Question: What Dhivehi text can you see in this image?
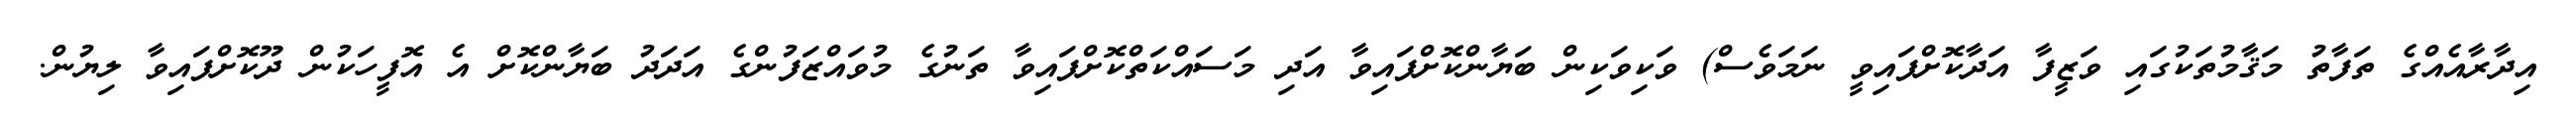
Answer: އިދާރާއެއްގެ ތަފާތު މަޤާމުތަކުގައި ވަޒީފާ އަދާކޮށްފައިވީ ނަމަވެސް) ވަކިވަކިން ބަޔާންކޮށްފައިވާ އަދި މަސައްކަތްކޮށްފައިވާ ތަނުގެ މުވައްޒަފުންގެ އަދަދު ބަޔާންކޮށް އެ އޮފީހަކުން ދޫކޮށްފައިވާ ލިޔުން.